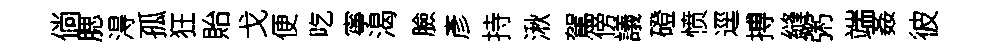
倘腮淂孤狂貽戈便吃寧渴臉彥持湫駕傍議磴愤逕搏縫粥端姦彼